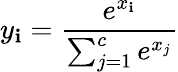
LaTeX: y_{\mathbf{i}}={\frac{{e^{x_{\mathbf{i}}}}}{{\sum_{j=1}^{c}e^{x_{j}}}}}